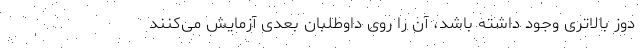
دوز بالاتری وجود داشته باشد، آن را روی داوطلبان بعدی آزمایش می‌کنند